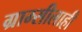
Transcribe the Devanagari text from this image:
ग्राम्सीलाही